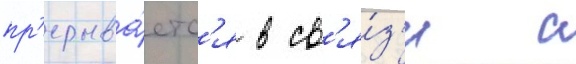
пр'ерыва́етс'я в св'я́з'и с